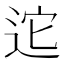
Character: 迱